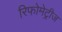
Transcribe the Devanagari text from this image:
रिफोमेट्रीज